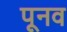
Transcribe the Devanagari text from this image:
पूनव